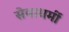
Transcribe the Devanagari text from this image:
सेवाधर्मी